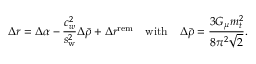
\Delta r = \Delta \alpha - \frac { c _ { w } ^ { 2 } } { s _ { \mathrm { w } } ^ { 2 } } \Delta \bar { \rho } + \Delta r ^ { \mathrm { r e m } } ~ ~ ~ \mathrm { w i t h } ~ ~ ~ \Delta \bar { \rho } = \frac { 3 G _ { \mu } m _ { t } ^ { 2 } } { 8 \pi ^ { 2 } \sqrt { 2 } } .